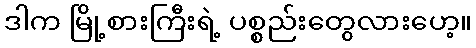
ဒါက မြို့စားကြီးရဲ့ ပစ္စည်းတွေလားဟေ့။